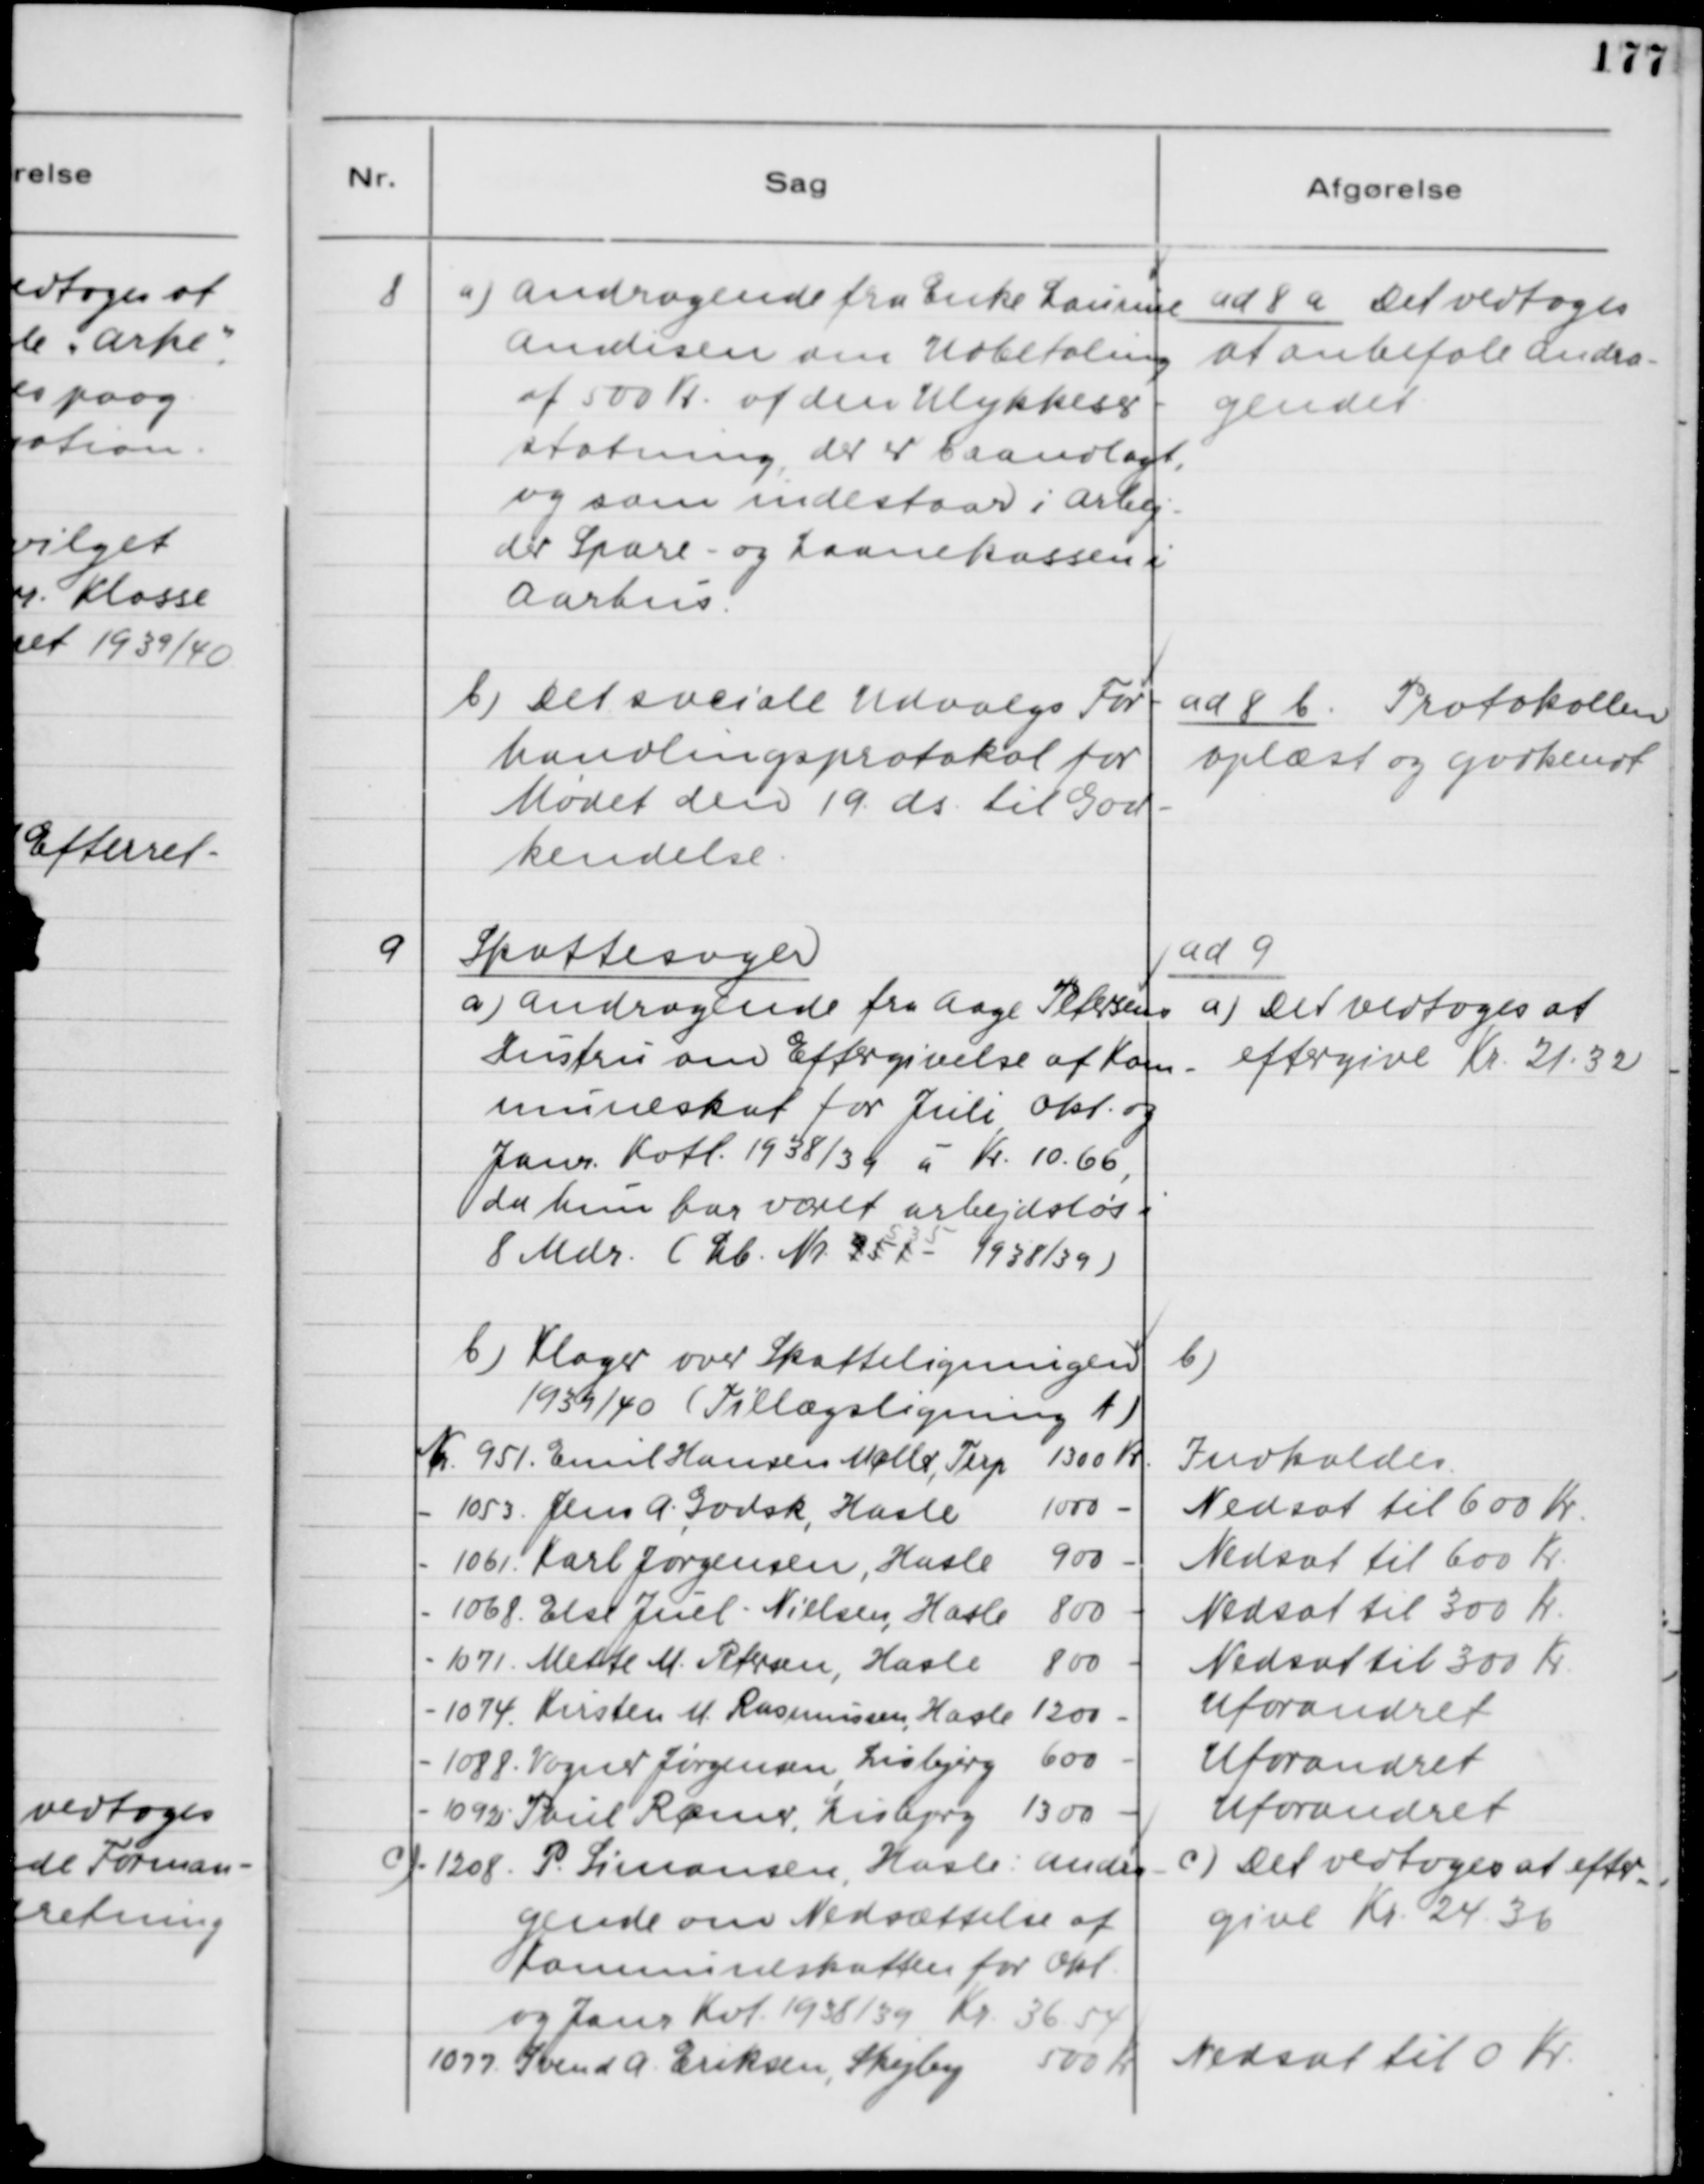
Transskription:
8
a) Andragende fra Enke Laurine
Amdisen om Udbetaling
af 500 Kr. af den Ulykkeser-
statning, der er baandlagt,
og som indestaar i Arbej-
der Spare- og Laanekassen i
Aarhus.

ad 8 a Det vedtoges
at anbefale Andra-
genet

b) Det sociale Udvalgs For-
handlingsprotokol for
Mødet den 19 ds. til God-
kendelse.

ad 8 b Protokollen
oplæst og godkendt.

9
Skattesager.
a) Andragende fra Aage Petersens
Hustru om Eftergivelse af Kom-
muneskat for Juli, Okt. og
Janr. Kvtl. 1938/39 á Kr. 10.66,
da hun har været arbejdsløs i
8 Mdr. (Lb. Nr. 951535 - 1938/39)

ad 9.
a) Det vedtoges at
eftergive Kr. 21.32

b) Klager over Skatteligningen
1939/40 (Tillægsligning A)

b)

c)
- 1208 P. Simonsen, Hasle: Andra-
gende om Nedsættelse af
Kommuneskatten for Okt.
og Janr. Kvt. 1938/39 Kr. 36.54

c) Det vedtoges at efter-
give Kr. 24.36